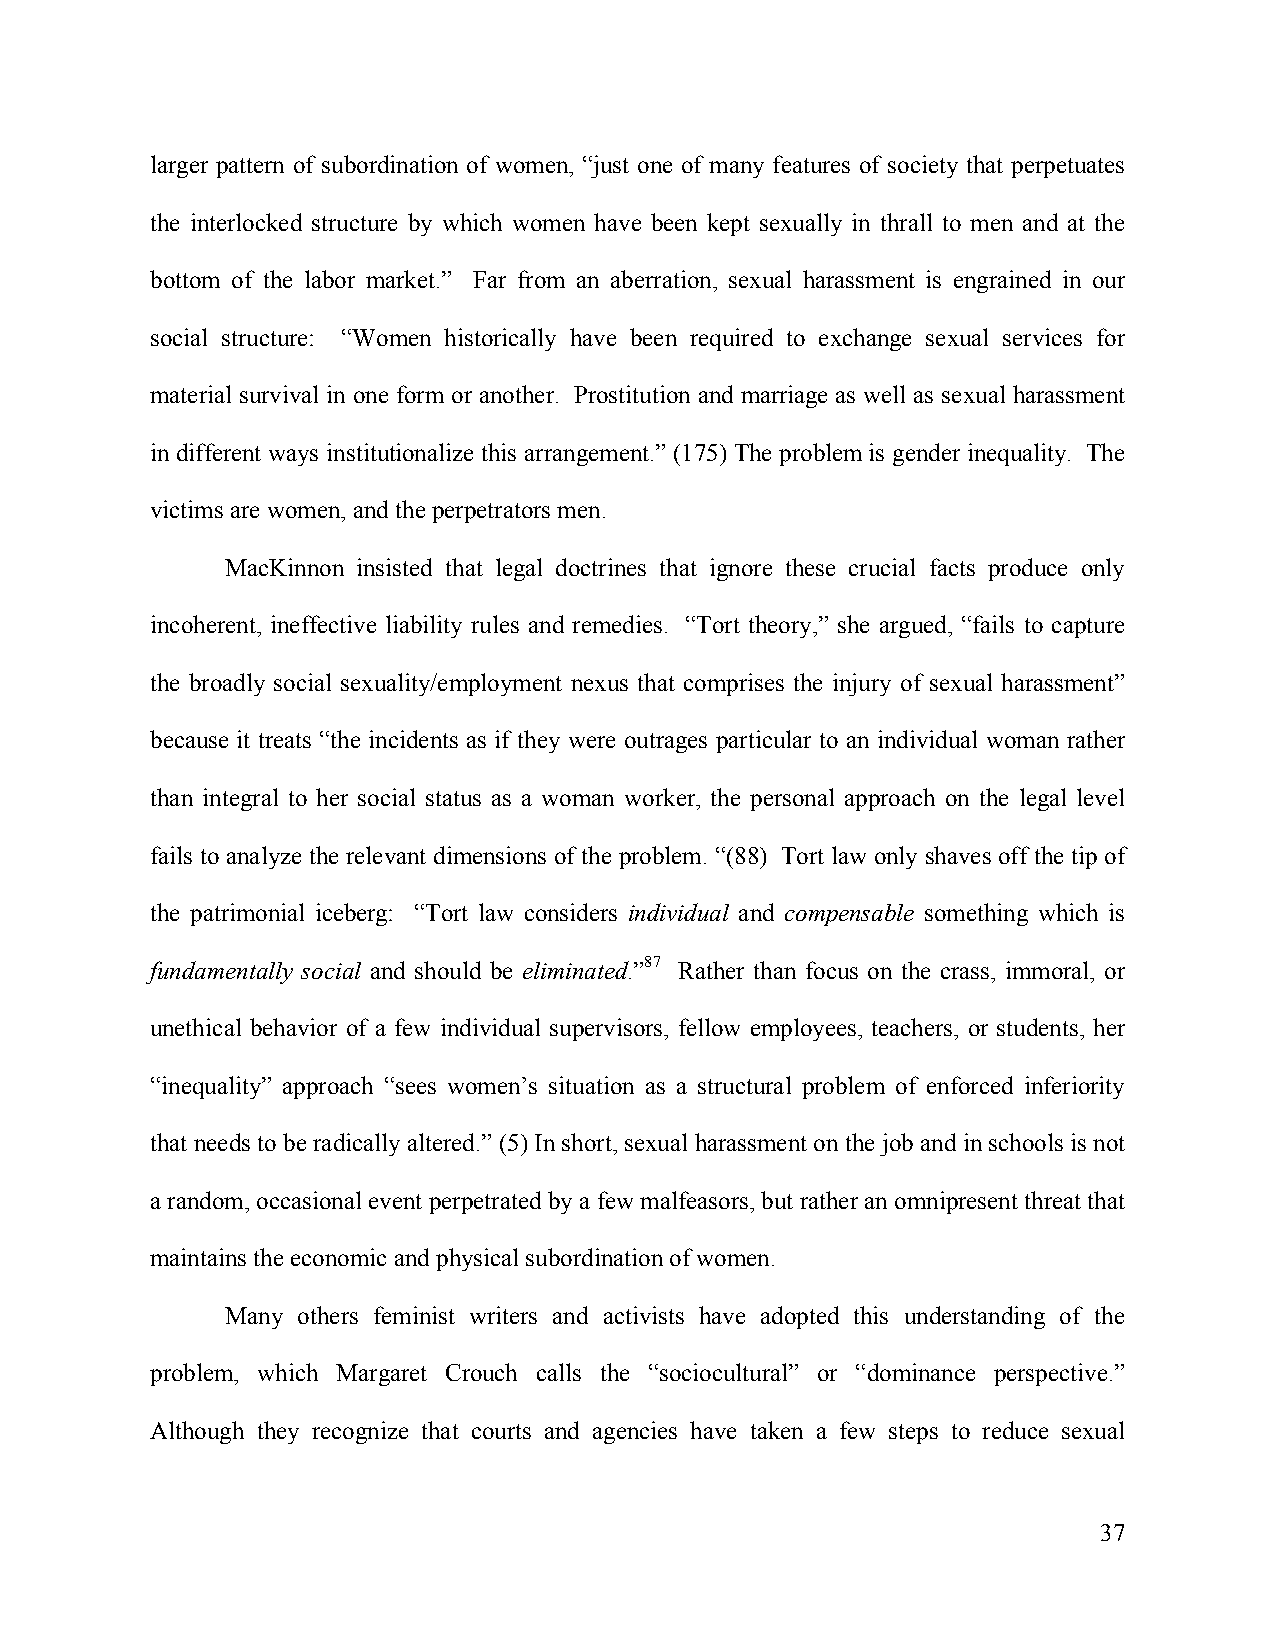
larger pattern of subordination of women, “just one of many features of society that perpetuates
 the interlocked structure by which women have been kept sexually in thrall to men and at the
 bottom of the labor market.” Far from an aberration, sexual harassment is engrained in our
 social structure: “Women historically have been required to exchange sexual services for
 material survival in one form or another. Prostitution and marriage as well as sexual harassment
 in different ways institutionalize this arrangement.” (175) The problem is gender inequality. The
 victims are women, and the perpetrators men.
 MacKinnon insisted that legal doctrines that ignore these crucial facts produce only
 incoherent, ineffective liability rules and remedies. “Tort theory,” she argued, “fails to capture
 the broadly social sexuality/employment nexus that comprises the injury of sexual harassment”
 because it treats “the incidents as if they were outrages particular to an individual woman rather
 than integral to her social status as a woman worker, the personal approach on the legal level
 fails to analyze the relevant dimensions of the problem. “(88) Tort law only shaves off the tip of
 the patrimonial iceberg: “Tort law considers individual and compensable something which is
 fundamentally social and should be eliminated.”87 Rather than focus on the crass, immoral, or
 unethical behavior of a few individual supervisors, fellow employees, teachers, or students, her
 “inequality” approach “sees women’s situation as a structural problem of enforced inferiority
 that needs to be radically altered.” (5) In short, sexual harassment on the job and in schools is not
 a random, occasional event perpetrated by a few malfeasors, but rather an omnipresent threat that
 maintains the economic and physical subordination of women.
 Many others feminist writers and activists have adopted this understanding of the
 problem, which Margaret Crouch calls the “sociocultural” or “dominance perspective.”
 Although they recognize that courts and agencies have taken a few steps to reduce sexual
 37